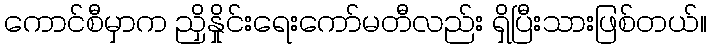
ကောင်စီမှာက ညှိနှိုင်းရေးကော်မတီလည်း ရှိပြီးသားဖြစ်တယ်။